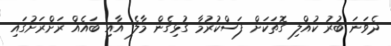
ދެވަނަ ބުރު ކުއްލި ގޮތަކަށް ފަސްކުރުމާ ގުޅިގެން މާލެ އާއި ބައެއް ރަށްރަށުގައި